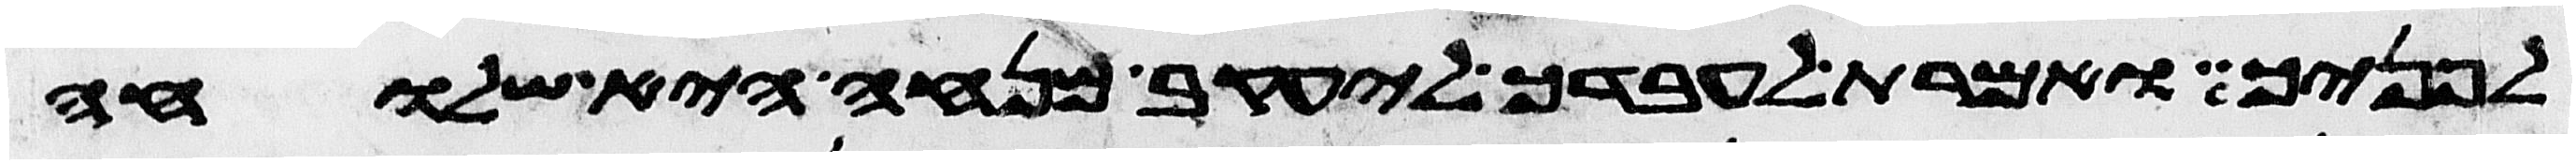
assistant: לפניך ואמרת לעבדך ליעקב מנחה היא שלוחה